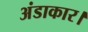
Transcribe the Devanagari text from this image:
अंडाकार।